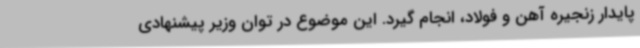
پایدار زنجیره آهن و فولاد، انجام گیرد. این موضوع در توان وزیر پیشنهادی